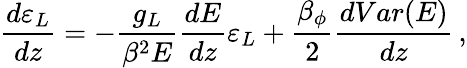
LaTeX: \frac{d\varepsilon_{L}}{dz}=-\frac{g_{L}}{\beta^{2}E}\frac{dE}{dz}\varepsilon_{L}+\frac{\beta_{\phi}}{2}\frac{dVar(E)}{dz}\, ,